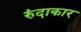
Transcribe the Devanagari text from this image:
रुंदाकार